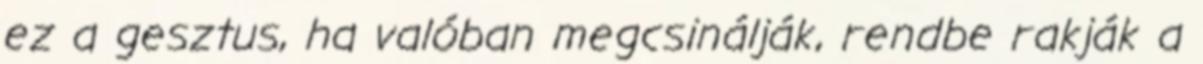
ez a gesztus, ha valóban megcsinálják, rendbe rakják a